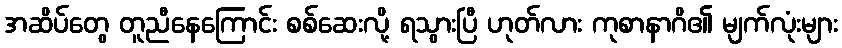
အဆိပ်တွေ တူညီနေကြောင်း စစ်ဆေးလို့ ရသွားပြီ ဟုတ်လား ကုစာနာဂိ၏ မျက်လုံးများ